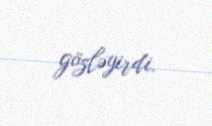
gözləyirdi.